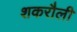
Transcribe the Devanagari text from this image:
शकरौली